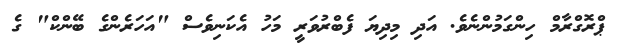
ޕްރޮގްރާމް ހިންގަމުންނެވެ. އަދި މިދިޔަ ފެބްރުވަރީ މަހު އެކަނިވެސް "އަހަރެންގެ ބޭންކް" ގެ